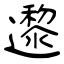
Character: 邌